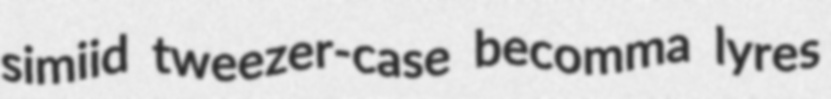
simiid tweezer-case becomma lyres